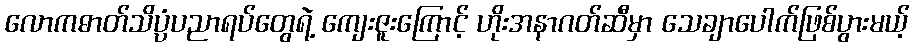
လောကဓာတ်သိပ္ပံပညာရပ်တွေရဲ့ ကျေးဇူးကြောင့် ဟိုးအနာဂတ်ဆီမှာ သေချာပေါက်ဖြစ်ပွားမယ့်